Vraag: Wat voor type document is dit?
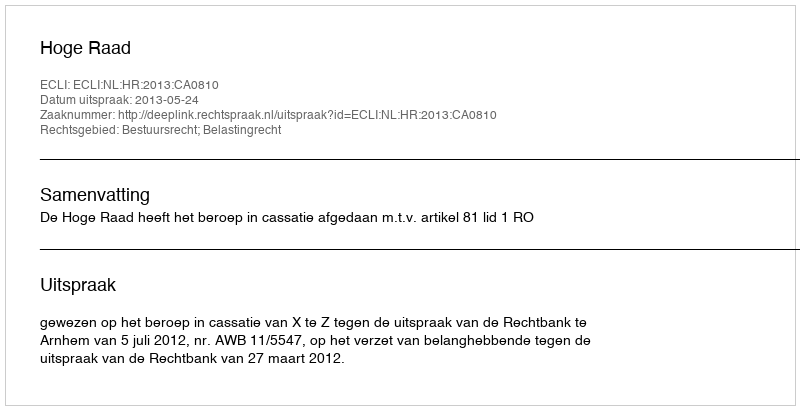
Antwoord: Uitspraak